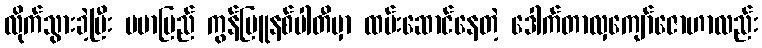
လိုက်သွားခဲ့ပြီး ဗမာပြည် ကွန်မြူနစ်ပါတီမှာ ထမ်းဆောင်နေတဲ့ ဒေါက်တာလှကျော်ဇောဟာလည်း